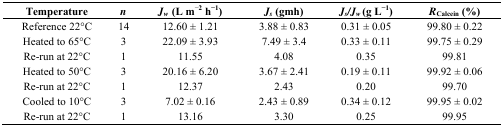
<table><thead><tr><td><b>Temperature</b></td><td><b><i>n</i></b></td><td><b><i>J<sub>w</sub></i> (L m<sup>−2</sup> h<sup>−1</sup>)</b></td><td><b><i>J<sub>s</sub></i> (gmh)</b></td><td><b><i>J<sub>s</sub>/J<sub>w</sub></i> (g L<sup>−1</sup>)</b></td><td><b><i>R</i><sub>Calcein</sub> (%)</b></td></tr></thead><tbody><tr><td>Reference 22°C</td><td>14</td><td>12.60 ± 1.21</td><td>3.88 ± 0.83</td><td>0.31 ± 0.05</td><td>99.80 ± 0.22</td></tr><tr><td>Heated to 65°C</td><td>3</td><td>22.09 ± 3.93</td><td>7.49 ± 3.4</td><td>0.33 ± 0.11</td><td>99.75 ± 0.29</td></tr><tr><td>Re-run at 22°C</td><td>1</td><td>11.55</td><td>4.08</td><td>0.35</td><td>99.81</td></tr><tr><td>Heated to 50°C</td><td>3</td><td>20.16 ± 6.20</td><td>3.67 ± 2.41</td><td>0.19 ± 0.11</td><td>99.92 ± 0.06</td></tr><tr><td>Re-run at 22°C</td><td>1</td><td>12.37</td><td>2.43</td><td>0.20</td><td>99.70</td></tr><tr><td>Cooled to 10°C</td><td>3</td><td>7.02 ± 0.16</td><td>2.43 ± 0.89</td><td>0.34 ± 0.12</td><td>99.95 ± 0.02</td></tr><tr><td>Re-run at 22°C</td><td>1</td><td>13.16</td><td>3.30</td><td>0.25</td><td>99.95</td></tr></tbody></table>